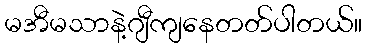
မအီမသာနဲ့ဂျီကျနေတတ်ပါတယ်။